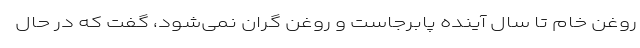
روغن خام تا سال آینده پابرجاست و روغن گران نمی‌شود، گفت که در حال